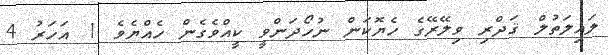
ލައިލަތުލް ޤަދްރި ވިލޭރޭގެ ހެޔޮކަން ނުހޯދަންވީ ކީއްވެގެން ހެއްޔެވެ 1 އަހަރު 4